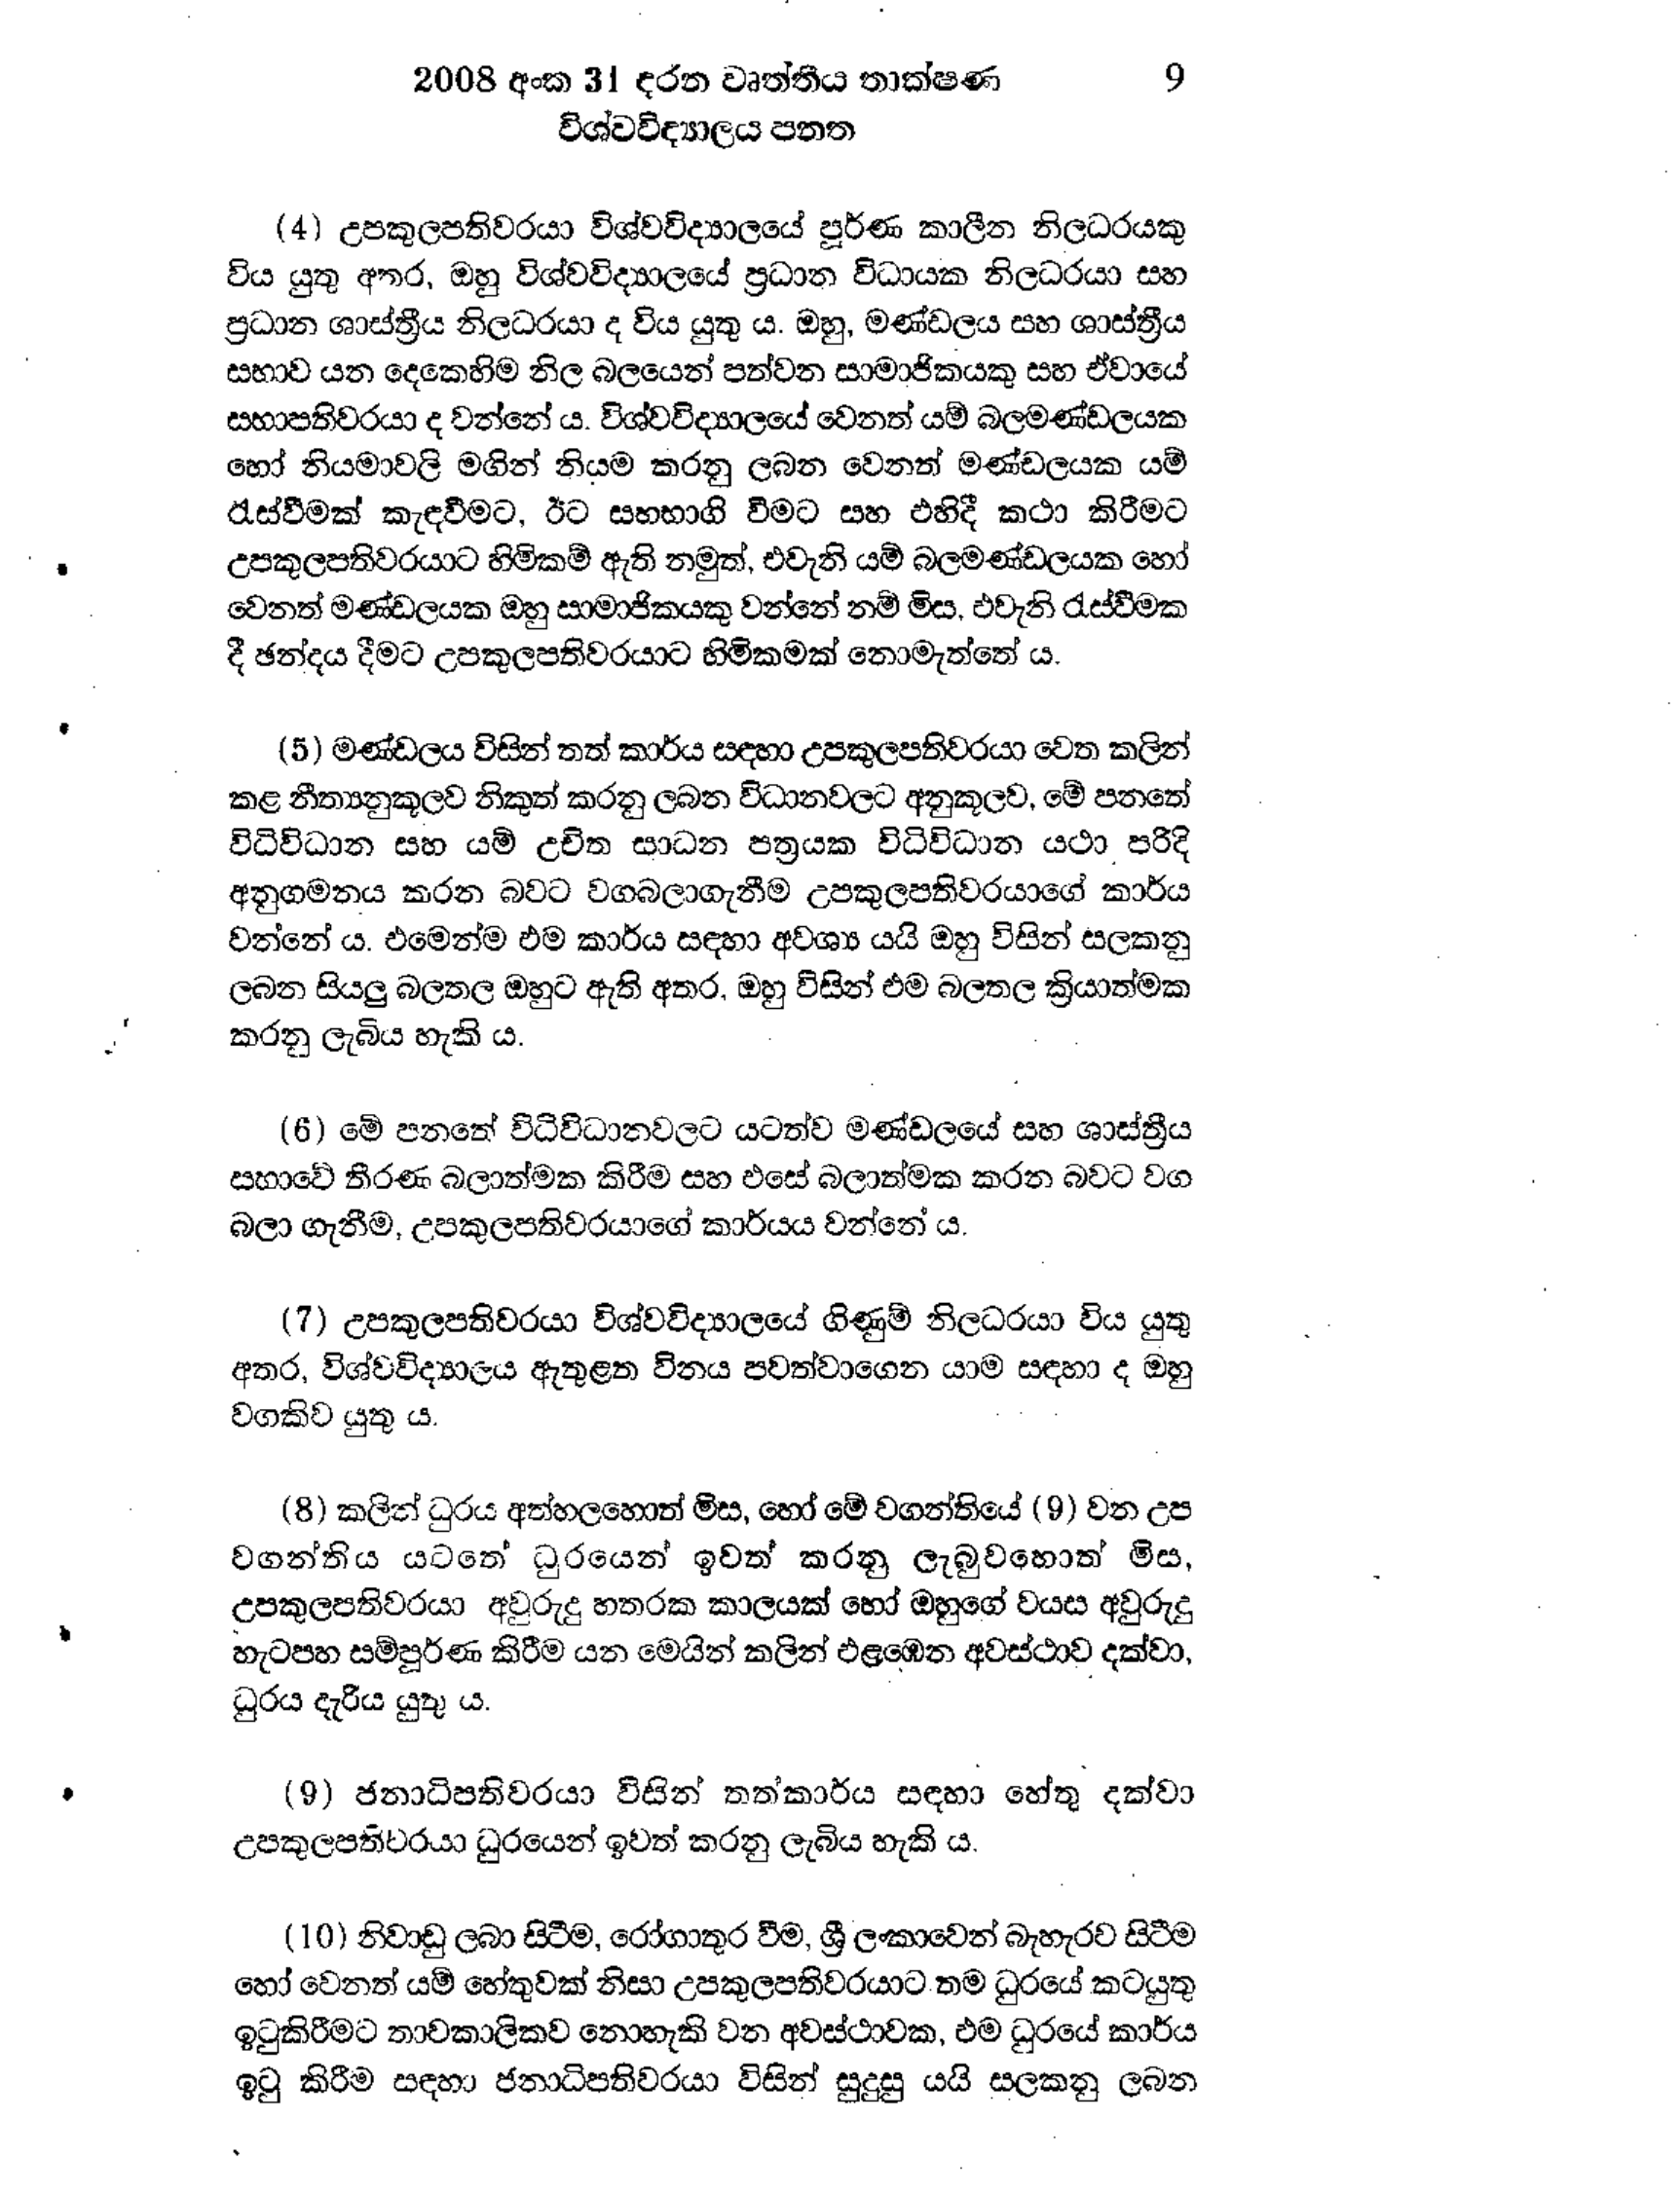
2008 අංක 31 දරන වෘත්තීය තාක්ෂණ 9
විශ්වවිද්‍යාලය පනත

(4) උපකුලපතිවරයා විශ්වවිද්‍යාලයේ පූර්ණ කාලීන නිලධරයකු
විය යුතු අතර, ඔහු විශ්වවිද්‍යාලයේ ප්‍රධාන විධායක නිලධරයා සහ
ප්‍රධාන ශාස්ත්‍රීය නිලධරයා ද විය යුතු ය. ඔහු, මණ්ඩලය සහ ශාස්ත්‍රීය
සභාව යන දෙකෙහිම නිල බලයෙන් පත්වන සාමාජිකයකු සහ ඒවායේ
සභාපතිවරයා ද වන්නේ ය. විශ්ව විද්‍යාලයේ වෙනත් යම් බලමණ්ඩලයක
හෝ නියමාවලි මගින් නියම කරනු ලබන වෙනත් මණ්ඩලයක යම්
රැස්වීමක් කැඳවීමට, ඊට සහභාගි වීමට සහ එහිදී කථා කිරීමට
උපකුලපතිවරයාට හිමිකම් ඇති නමුත්, එවැනි යම් බලමණ්ඩලයක හෝ
වෙනත් මණ්ඩලයක ඔහු සාමාජිකයකු වන්නේ නම් මිස, එවැනි රැස්වීමක
දී ඡන්දය දීමට උපකුලපතිවරයාට හිමිකමක් නොමැත්තේ ය.

(5) මණ්ඩලය විසින් තත් කාර්ය සඳහා උපකුලපතිවරයා වෙත කලින්
කළ නීත්‍යනුකූලව නිකුත් කරනු ලබන විධානවලට අනුකූලව, මේ පනතේ
විධිවිධාන සහ යම් උචිත සාධන පත්‍රයක විධිවිධාන යථා පරිදි
අනුගමනය කරන බවට වගබලාගැනීම උපකුලපතිවරයාගේ කාර්ය
වන්නේය. එමෙන්ම එම කාර්ය සඳහා අවශ්‍ය යයි ඔහු විසින් සලකනු
ලබන සියලු බලතල ඔහුට ඇති අතර, ඔහු විසින් එම බලතල ක්‍රියාත්මක
කරනු ලැබිය හැකි ය.

(6) මේ පනතේ විධිවිධානවලට යටත්ව මණ්ඩලයේ සහ ශාස්ත්‍රීය
සභාවේ තීරණ බලාත්මක කිරීම සහ එසේ බලාත්මක කරන බවට වග
බලා ගැනීම, උපකුලපතිවරයාගේ කාර්යය වන්නේ ය.

(7) උපකුලපතිවරයා විශ්වවිද්‍යාලයේ ගිණුම් නිලධරයා විය යුතු
අතර, විශ්ව විද්‍යාලය ඇතුළත විනය පවත්වාගෙන යාම සඳහා ද ඔහු
වගකිව යුතු ය.

(8) කලින් ධුරය අත්හලහොත් මිස, හෝ මේ වගන්තියේ (9) වන උප
වගන්තිය යටතේ ධුරයෙන් ඉවත් කරනු ලැබුවහොත් මිස,
උපකුලපතිවරයා අවුරුදු හතරක කාලයක් හෝ ඔහුගේ වයස අවුරුදු
හැටපහ සම්පූර්ණ කිරීම යන මෙයින් කලින් එළඹෙන අවස්ථාව දක්වා,
ධුරය දැරිය යුතු ය.

(9) ජනාධිපතිවරයා විසින් තත්කාර්ය සඳහා හේතු දක්වා
උපකුලපතිවරයා ධුරයෙන් ඉවත් කරනු ලැබිය හැකි ය.

(10) නිවාඩු ලබා සිටීම, රෝගාතුර වීම, ශ්‍රී ලංකාවෙන් බැහැරව සිටීම
හෝ වෙනත් යම් හේතුවක් නිසා උපකුලපතිවරයාට තම ධුරයේ කටයුතු
ඉටුකිරීමට තාවකාලිකව නොහැකි වන අවස්ථාවක, එම ධුරයේ කාර්ය
ඉටු කිරීම සඳහා ජනාධිපතිවරයා විසින් සුදුසු යයි සලකනු ලබන